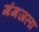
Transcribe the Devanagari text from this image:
गंगजला